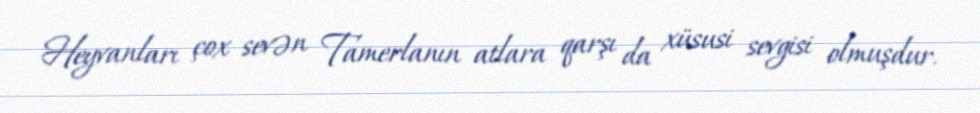
Heyvanları çox sevən Tamerlanın atlara qarşı da xüsusi sevgisi olmuşdur.